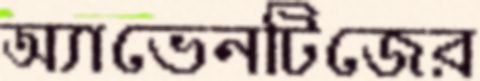
অ্যাভেনটিজের